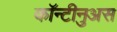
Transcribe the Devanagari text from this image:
कॉन्टीनुअस